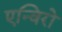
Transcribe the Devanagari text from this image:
एन्विरो